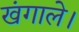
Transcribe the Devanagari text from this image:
खंगाले।